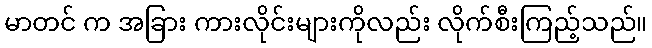
မာတင် က အခြား ကားလိုင်းများကိုလည်း လိုက်စီးကြည့်သည်။